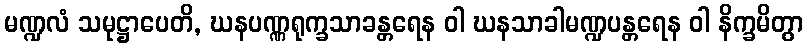
မဏ္ဍလံ သမုဋ္ဌာပေတိ, ဃနပဏ္ဏရုက္ခသာခန္တရေန ဝါ ဃနသာခါမဏ္ဍပန္တရေန ဝါ နိက္ခမိတွာ